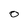
Character: O